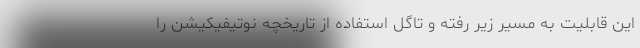
این قابلیت به مسیر زیر رفته و تاگل استفاده از تاریخچه نوتیفیکیشن را